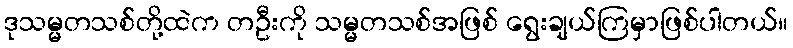
ဒုသမ္မတသစ်တို့ထဲက တဦးကို သမ္မတသစ်အဖြစ် ရွေးချယ်ကြမှာဖြစ်ပါတယ်။